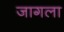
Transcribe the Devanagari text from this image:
जागला